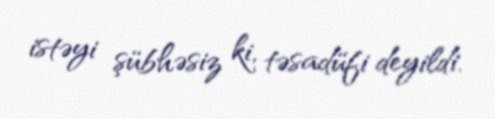
istəyi şübhəsiz ki, təsadüfi deyildi.